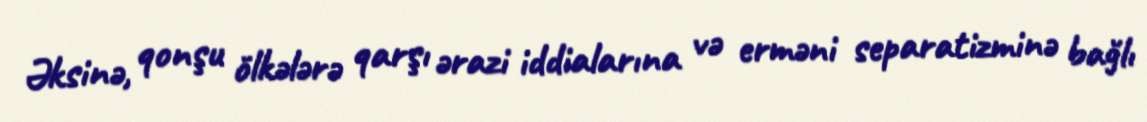
Əksinə, qonşu ölkələrə qarşı ərazi iddialarına və erməni separatizminə bağlı